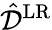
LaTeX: \hat{\mathcal{D}}^{\mathrm{LR}}